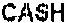
CASH